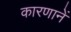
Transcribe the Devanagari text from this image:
कारणानें